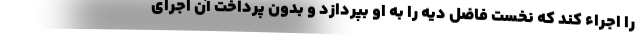
را اجراء کند که نخست فاضل دیه را به او بپردازد و بدون پرداخت آن اجرای